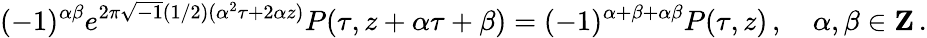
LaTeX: (-1)^{\alpha\beta}e^{2\pi\sqrt{-1}(1/2)(\alpha^{2}\tau+2\alpha z)}P(\tau,z+\alpha\tau+\beta)=(-1)^{\alpha+\beta+\alpha\beta}P(\tau,z)\, ,\quad\alpha,\beta\in{\mathbf Z}\, .